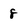
Character: 8